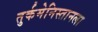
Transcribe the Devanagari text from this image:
तुर्कमेनिस्तानला